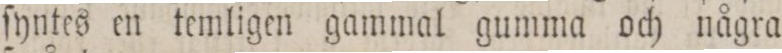
ſyntes en temligen gammal gumma och några